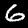
Digit: 6